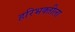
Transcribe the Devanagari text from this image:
हरिभक्तीला